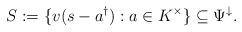
LaTeX: \begin{align*}S:= \{v(s-a^{\dagger}):a\in K^{\times}\}\subseteq \Psi^{\downarrow}.\end{align*}